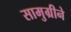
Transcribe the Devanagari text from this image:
सामुग्रीने